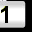
Digit: 1